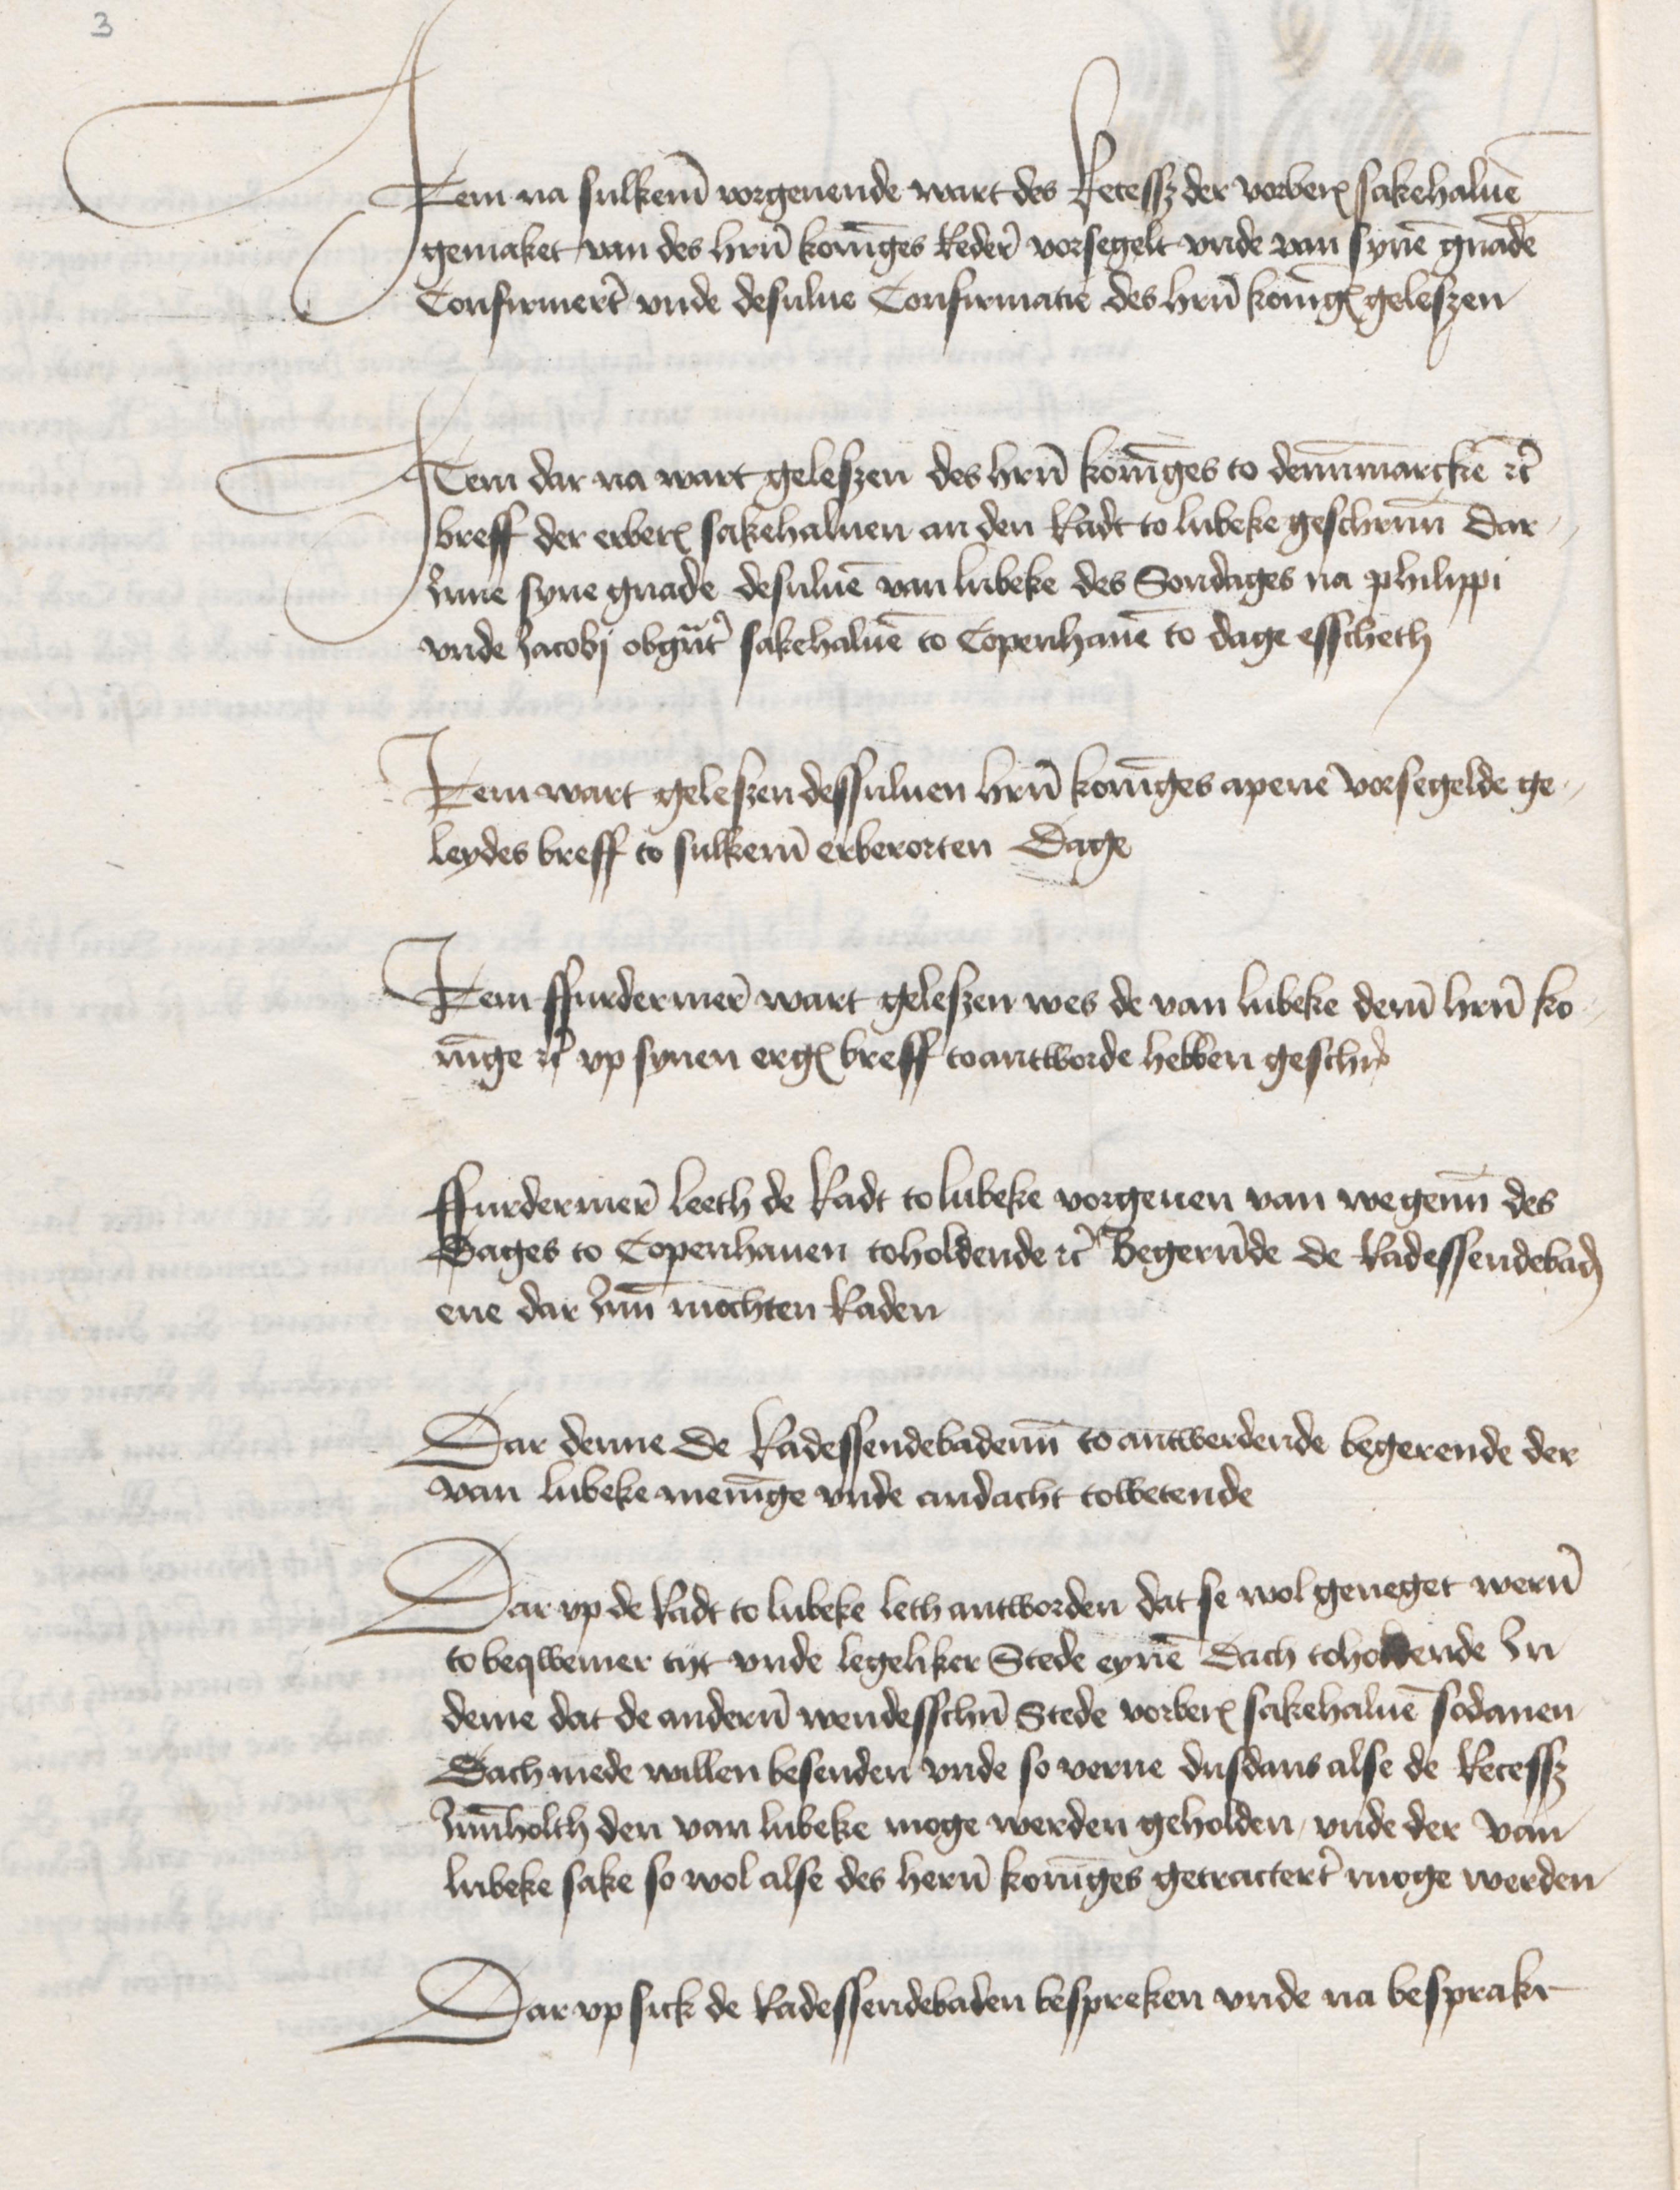
Jtem na sulkeme vorgeuende wart des Recessz der verberorden sakehaluen
gemaket van des Heren koninges Redere vorsegelt vnde van synem gnaden
Confirmeret vnde desulue Confirmatie des heren koninges geleszen

Jtem dar na wart geleszen des heren koninges to Dennemarcken etc
breff der erberen sakehaluen an den Radt to Lubeke geschreuenn dar¬
Inne syne gnade desuluen van Lubeke des Sondages na philippi
vnde Jacobij obgenanter sakehaluen to Copenhauen to dage esscheth

Jtem wart gelesen dessuluen heren koninges apene vorsegelde ge¬
leydes breff to sulkeme erberorten Dage

Jtem ffurdermere wart gelesen wes de van Lubeke deme heren ko¬
ninge etc vp synen ergenomden breff toantworde hebben geschreuen

Ffurdermere Leeth de Radt to Lubeke vorgeuen van wegenne des
Dages to Copenhauen toholdende etc Begerende de Radessendebaden
ene dar Jnne mochten Raden

Dar denne de Radessendebaden to antwerdende begerende der
van Lubeke meninge vnde andacht towetende

Dar vp de Radt to Lubeke leth antworden dat se wolgeneget weren
to beqwemer tijt vnde legeliker Stede eynen Dach toholdende In
deme dat de anderen wendesschen Stede vorberort sakehaluen sodanen
Dach mede willen besenden vnde so verne dusdans alse de Recessz
Inneholth den van Lubeke moge werden geholden, vnde der van
Lubeke sake so wol alse des heren koninges getracteret moge werden

Dar vp sick de Radessendebaden bespreken vnde na besprake